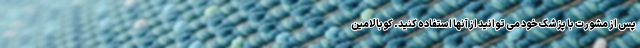
پس از مشورت با پزشک خود می توانید از آنها استفاده کنید. کوبالامین